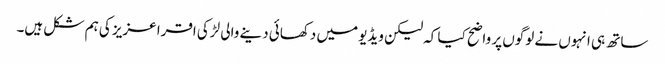
ساتھ ہی انہوں نے لوگوں پر واضح کیا کہ لیکن ویڈیو میں دکھائی دینے والی لڑکی اقرا عزیز کی ہم شکل ہیں۔